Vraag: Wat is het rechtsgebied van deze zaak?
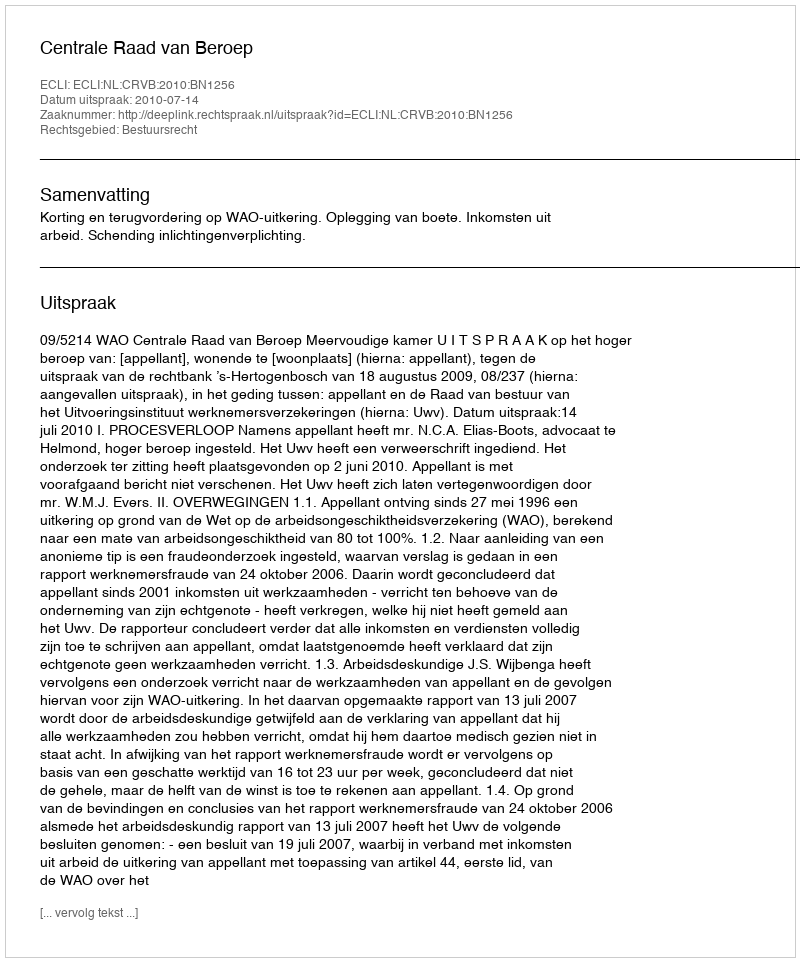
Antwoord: Bestuursrecht